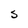
Character: S